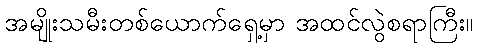
အမျိုးသမီးတစ်ယောက်ရှေ့မှာ အထင်လွဲစရာကြီး။